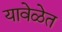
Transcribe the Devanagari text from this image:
यावेळेत